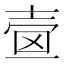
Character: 𡔫